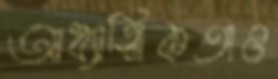
আধ্যাত্মিকতাও